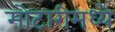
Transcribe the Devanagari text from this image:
मोटारीमध्ये